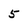
Character: 5